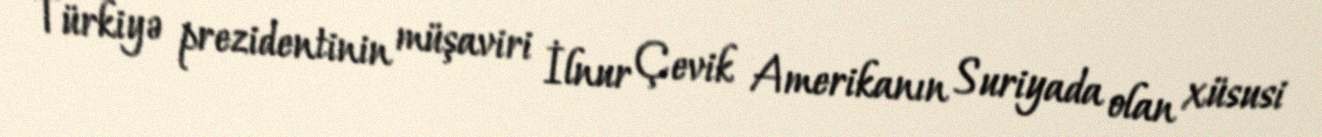
Türkiyə prezidentinin müşaviri İlnur Çevik Amerikanın Suriyada olan xüsusi